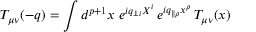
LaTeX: T _ { \mu \nu } ( - q ) = \int d ^ { p + 1 } x \; e ^ { i q _ { \perp i } X ^ { i } } \, e ^ { i q _ { \parallel \rho } x ^ { \rho } } \, T _ { \mu \nu } ( x )